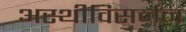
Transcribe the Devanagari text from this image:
अस्थीविसर्जन